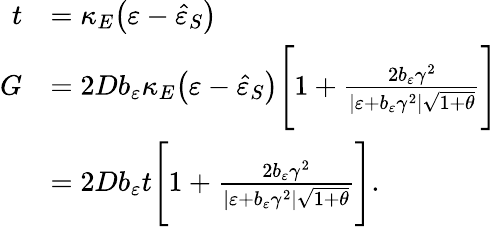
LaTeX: \begin{array}{rl}{t}&{=\kappa_{E}\big(\varepsilon-\hat{\varepsilon}_{S}\big)}\\ {G}&{=2Db_{\varepsilon}\kappa_{E}\big(\varepsilon-\hat{\varepsilon}_{S}\big)\Bigg[1+\frac{2b_{\varepsilon}\gamma^{2}}{\vert\varepsilon+b_{\varepsilon}\gamma^{2}\vert\sqrt{1+\theta}}\Bigg]}\\ &{=2Db_{\varepsilon}t\Bigg[1+\frac{2b_{\varepsilon}\gamma^{2}}{\vert\varepsilon+b_{\varepsilon}\gamma^{2}\vert\sqrt{1+\theta}}\Bigg].}\end{array}